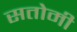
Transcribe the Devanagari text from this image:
सतोमी